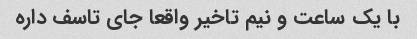
با یک ساعت و نیم تاخیر واقعا جای تاسف داره